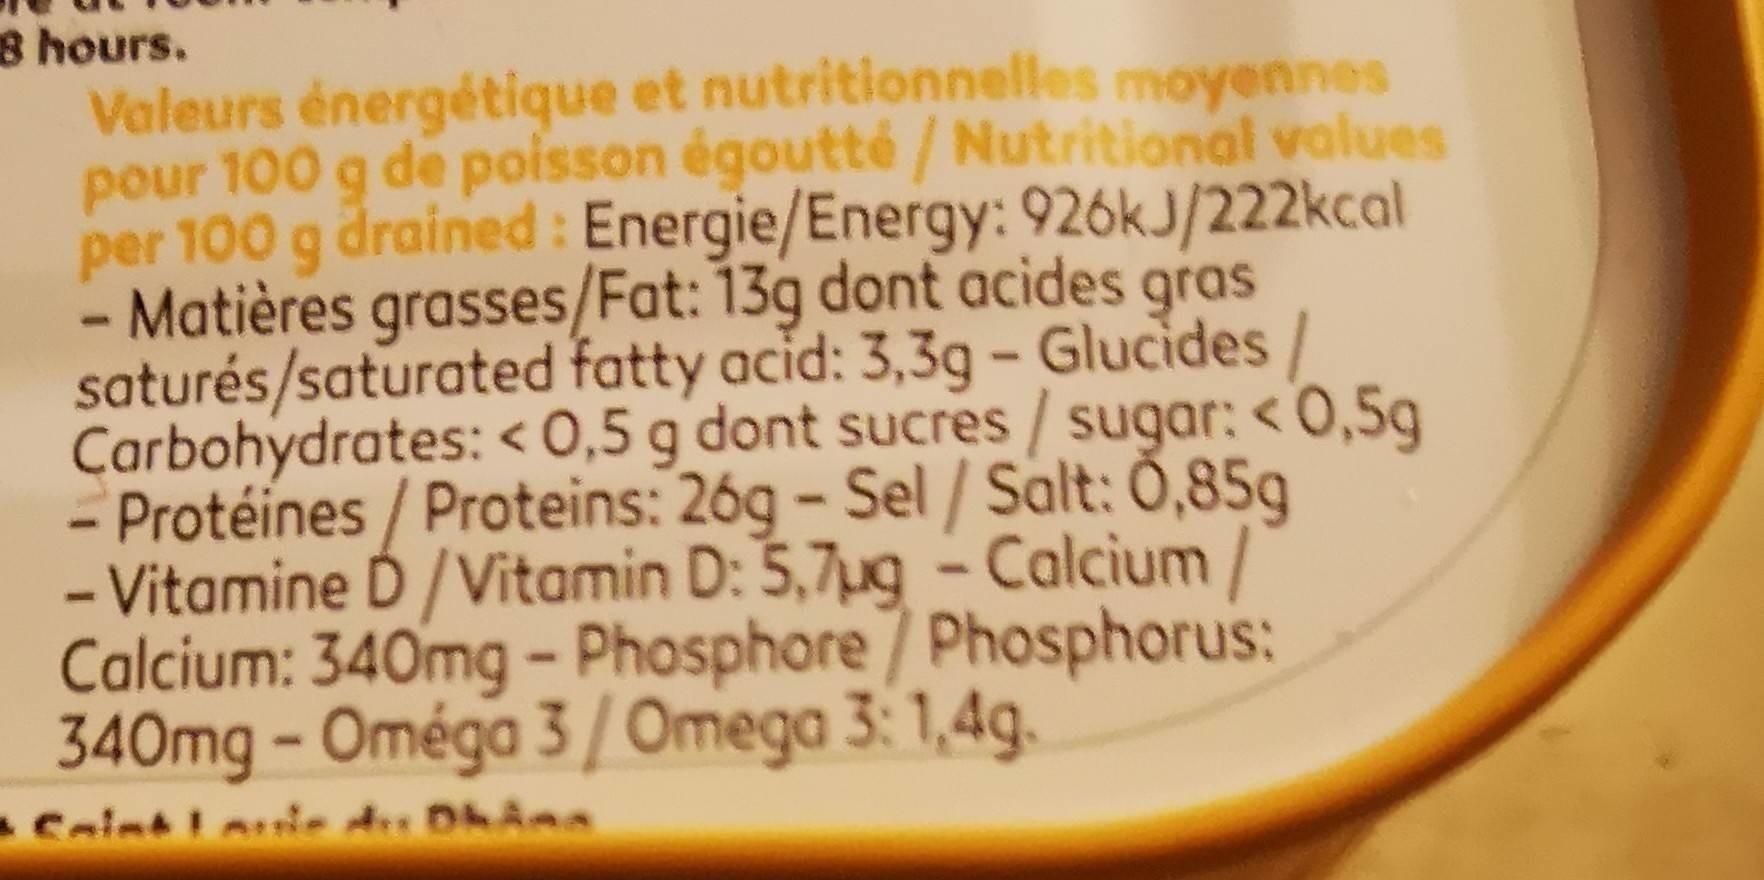
8 hours. Valeurs énergétique et nutritionnelles moyennes pour 100 g de poisson égoutté/Nutritional values per 100 g drained : Energie/Energy: 926kJ/222kcal - Matières grasses/Fat: 13g dont acides gras saturés/saturated fatty acid: 3,3g - Glucides / Carbohydrates: < 0,5 g dont sucres / sugar: < 0,5g Protéines / Proteins: 26g - Sel / Salt: 0,85g - Vitamine D /Vitamin D: 5,7ug - Calcium/ Calcium: 340mg - Phosphore/ Phosphorus: 340mg – Oméga 3 / Omega 3: 1,4g.
CeintLeie des DhAna